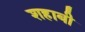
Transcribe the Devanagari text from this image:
शहाबी